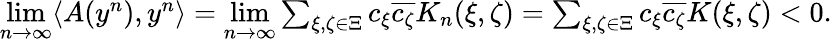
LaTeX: \begin{array}{r}{\underset{n\rightarrow\infty}{\operatorname*{lim}}\langle A(y^{n}),y^{n}\rangle=\underset{n\rightarrow\infty}{\operatorname*{lim}}\sum_{\xi,\zeta\in\Xi}c_{\xi}\overline{{c_{\zeta}}}K_{n}(\xi,\zeta)=\sum_{\xi,\zeta\in\Xi}c_{\xi}\overline{{c_{\zeta}}}K(\xi,\zeta)<0.}\end{array}